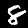
Digit: 8